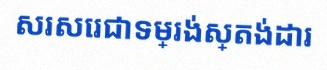
សរសេរជាទម្រង់ស្តង់ដារ